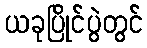
ယခုပြိုင်ပွဲတွင်